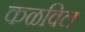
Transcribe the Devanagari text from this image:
कळविल